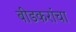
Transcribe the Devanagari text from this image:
बीडकरांचा